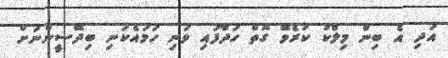
އަދި އެ ބިން މިލްކު ކުރެވޭ ގޮތް ހަދާފައި ވަނި ހަމައެކަނި ބިދޭސީންނަށް